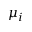
\mu _ { i }